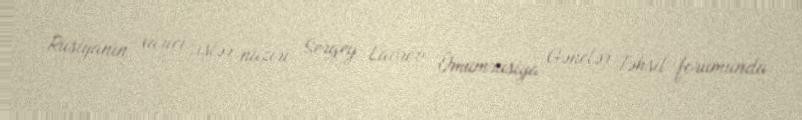
Rusiyanın xarici işlər naziri Sergey Lavrov Ümumrusiya Gənclər Təhsil forumunda